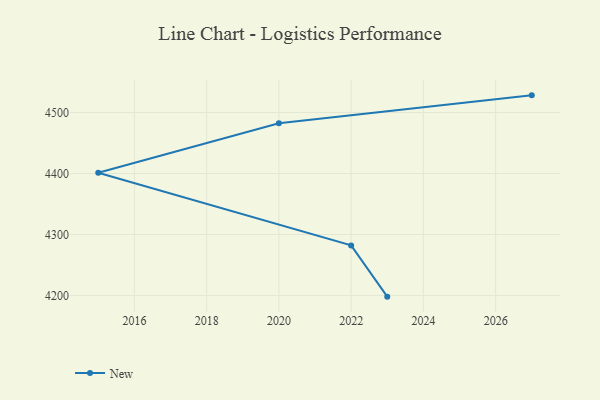
{"axis": {"x": "Year", "y": "Budget (USD K)"}, "legend": ["New"], "data": [{"x": "2023", "y": 4198.2, "type": "New"}, {"x": "2022", "y": 4282.2, "type": "New"}, {"x": "2015", "y": 4401.2, "type": "New"}, {"x": "2020", "y": 4482.3, "type": "New"}, {"x": "2027", "y": 4528.1, "type": "New"}]}